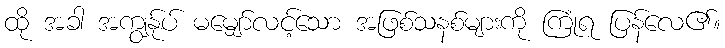
ထို အခါ အကျွန်ုပ် မမျှော်လင့်သော အဖြစ်သနစ်များကို ကြုံရ ပြန်လေ၏။